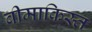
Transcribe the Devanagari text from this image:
बीमाकिस्त